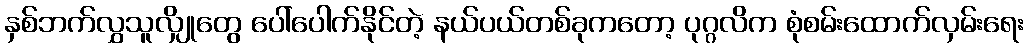
နှစ်ဘက်လွှသူလျှိုတွေ ပေါ်ပေါက်နိုင်တဲ့ နယ်ပယ်တစ်ခုကတော့ ပုဂ္ဂလိက စုံစမ်းထောက်လှမ်းရေး